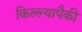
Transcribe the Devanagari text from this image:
किल्ल्यापैकी